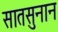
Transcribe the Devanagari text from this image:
सातसुनान